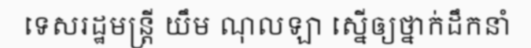
ទេសរដ្ឋមន្ត្រី យឹម ណុលឡា ស្នើឲ្យថ្នាក់ដឹកនាំ